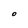
Character: O